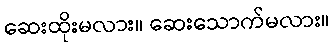
ဆေးထိုးမလား။ ဆေးသောက်မလား။